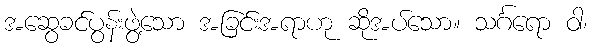
အဆွေခင်ပွန်းဖွဲ့သော အခြင်းအရာဟု ဆိုအပ်သော။ သင်္ဂရော ဝါ၊